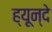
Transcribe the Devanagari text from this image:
ह्यून्दे